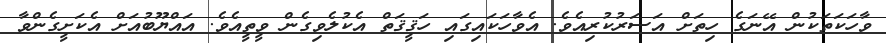
ވާހަކަތަކުން އޭނަގެ ހިތަށް އަސަރުކުރިއެވެ. އެވާހަކައިގައި ހަޤީޤަތް އެކުލެވިގެން ވީތީއެވެ. އައްޔޫބުއަށް އެކަށީގެންވާ